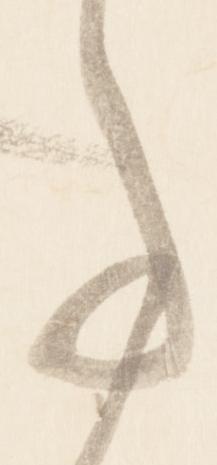
亊